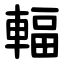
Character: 輻